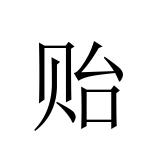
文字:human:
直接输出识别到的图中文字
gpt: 贻